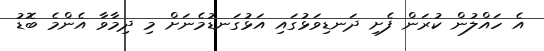
އެ ހައްލުން ކުރަން ފެށި ދަނޑިވަޅުގައި އަޅުގަނޑުމެނަށް މި ދިމާވާ އެންމެ ބޮޑު